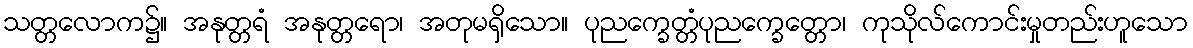
သတ္တလောက၌။ အနုတ္တရံ အနုတ္တရော၊ အတုမရှိသော။ ပုညက္ခေတ္တံပုညက္ခေတ္တော၊ ကုသိုလ်ကောင်းမှုတည်းဟူသော